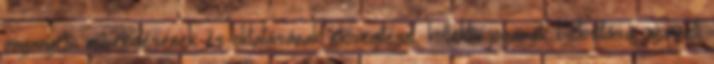
anyanyelvi művelődésének és oktatásának elősegítése, kollektív jogainak biztosítása, nemzeti